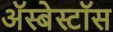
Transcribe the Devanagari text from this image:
ॲस्बेस्टॉस